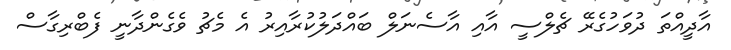
އާދީއްތަ ދުވަހުގެރޭ ޗެލްސީ އާއި އާސެނަލް ބައްދަލުކުރާއިރު އެ މެޗު ވެގެންދާނީ ފެބްރިގާސް